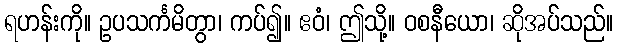
ရဟန်းကို။ ဥပသင်္ကမိတွာ၊ ကပ်၍။ ဧဝံ၊ ဤသို့။ ဝစနီယော၊ ဆိုအပ်သည်။